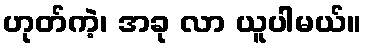
ဟုတ်ကဲ့၊ အခု လာ ယူပါမယ်။